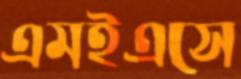
এমইএসে